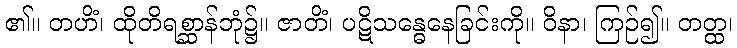
၏။ တဟိံ၊ ထိုတိရစ္ဆာန်ဘုံ၌။ ဇာတိံ၊ ပဋိသန္ဓေနေခြင်းကို။ ဝိနာ၊ ကြဉ်၍။ တတ္ထ၊